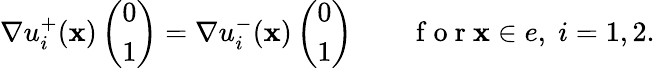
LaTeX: \begin{array}{r}{\nabla u_{i}^{+}({\mathbf x})\left(\begin{array}{l}{0}\\ {1}\end{array}\right)=\nabla u_{i}^{-}({\mathbf x})\left(\begin{array}{l}{0}\\ {1}\end{array}\right)\qquad\mathrm{~f~o~r~}{\mathbf x}\in e,\; i=1,2.}\end{array}